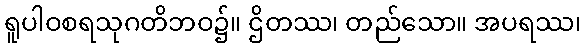
ရူပါဝစရသုဂတိဘဝ၌။ ဌိတဿ၊ တည်သော။ အပရဿ၊